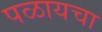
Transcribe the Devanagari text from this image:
पळायचा